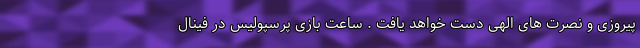
پیروزی و نصرت های الهی دست خواهد یافت . ساعت بازی پرسپولیس در فینال